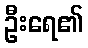
ဦးရေ၏